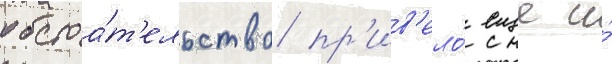
обстоа́т'ельство пр'ив'ело́ еще и́